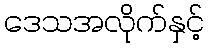
ဒေသအလိုက်နှင့်